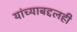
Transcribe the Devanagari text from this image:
यांच्याबद्दलही